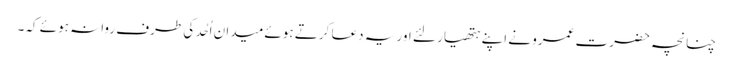
چنانچہ حضرت عمرو نے اپنے ہتھیار لئے اور یہ دعا کرتے ہوئے میدان اُحُد کی طرف روانہ ہوئے کہ۔